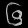
Digit: ၆